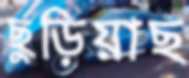
ছুড়িয়াছ